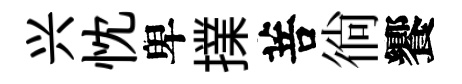
兴忱卑擈菩徜饗